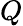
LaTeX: Q